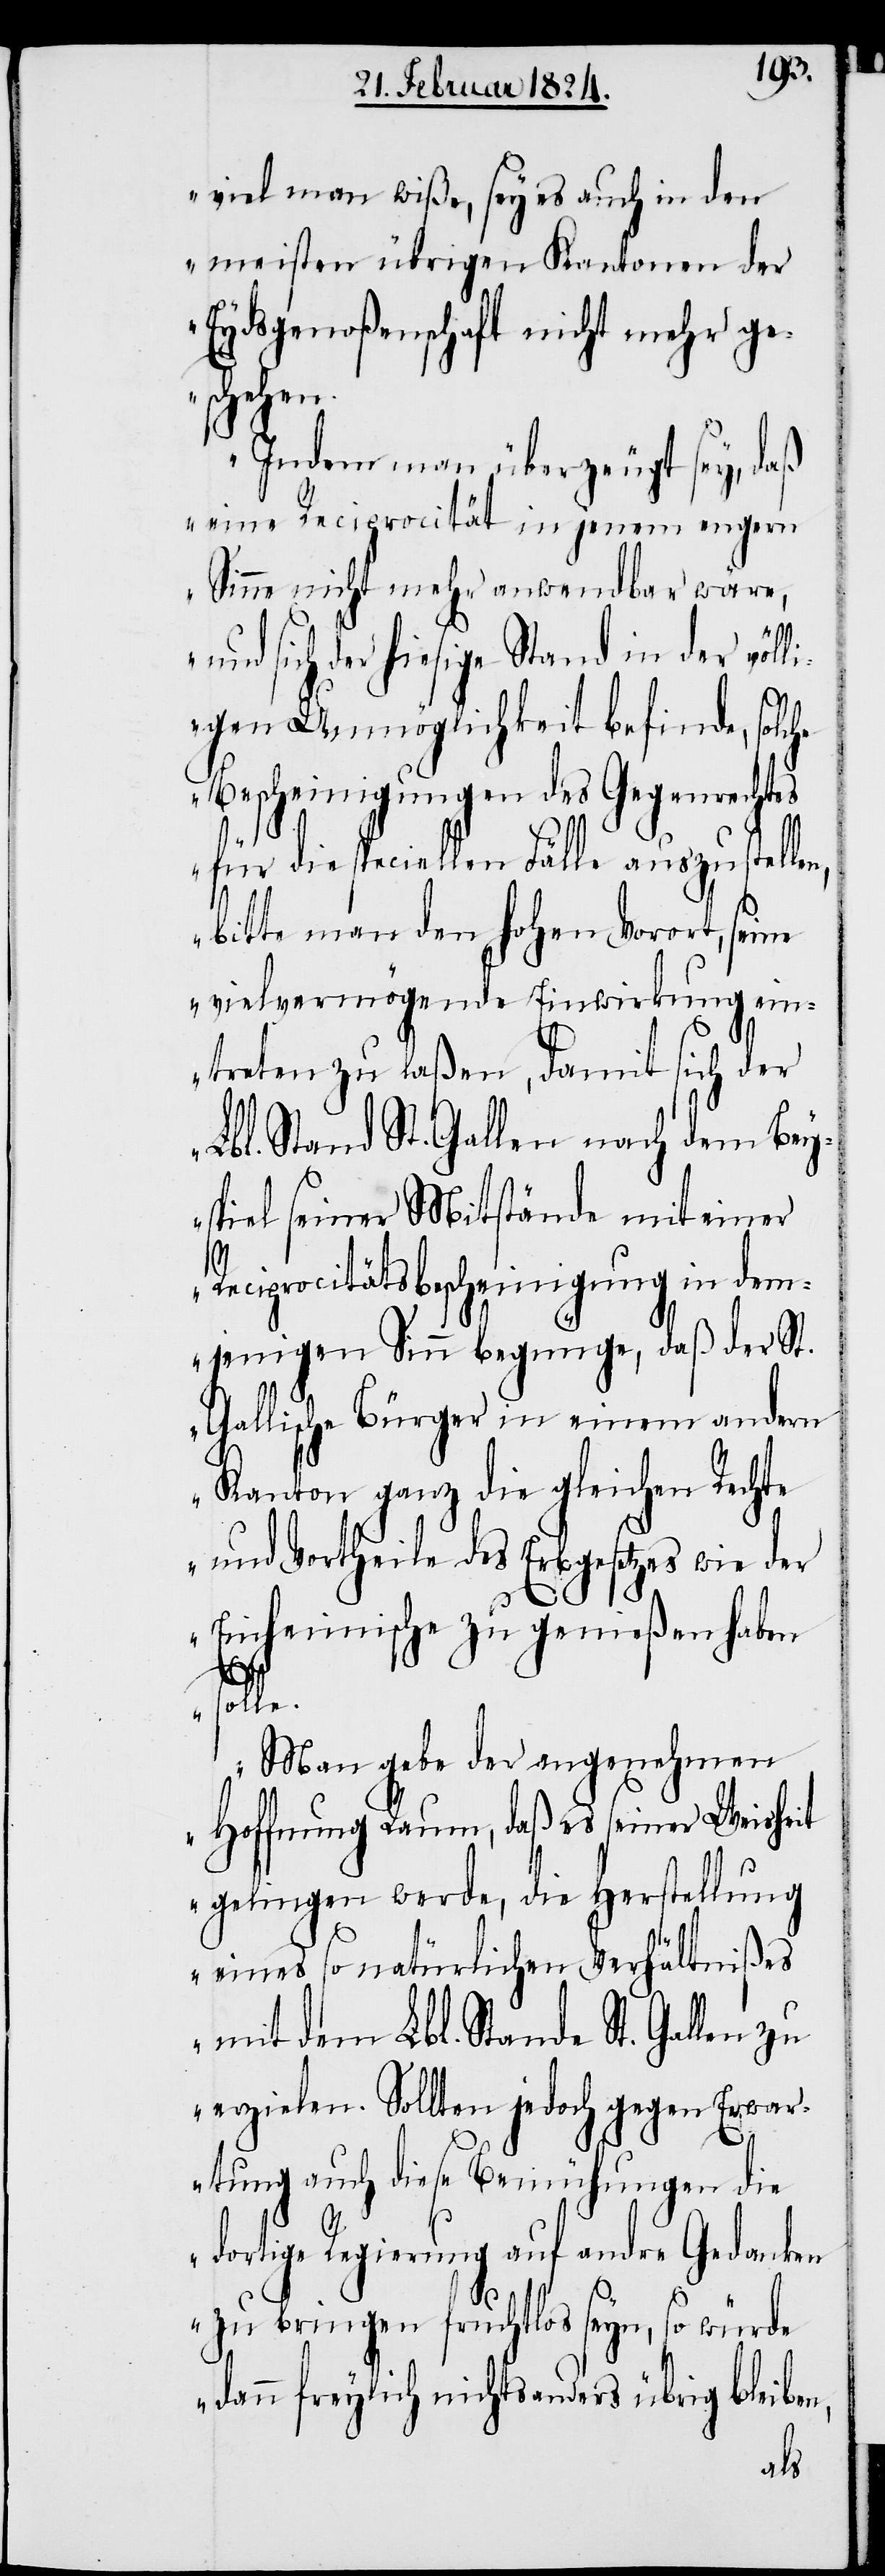
viel man wiße, sey es auch in den
meisten übrigen Kantonen der
Eydsgenoßenschaft nicht mehr ge¬
schehen.
Indem man überzeugt sey, daß
eine Reciprocität in jenem engern
Sinne nicht mehr anwendbar wäre,
und sich der hiesige Stand in der völl¬
igen Unmöglichkeit befinde, solche
Bescheinigungen des Gegenrechtes
für die speciellen Fälle auszustelle¬
bitte man den hohen Vorort, seine
vielvermögende Einwirkung ein¬
treten zu laßen, damit sich der
Lbl. Stand St. Gallen nach dem Bey¬
spiel seiner Mitstände mit einer
Reciprocitätsbescheinigung in dem¬
jenigen Sinn begnüge, daß der St.
Gallische Bürger in einem andern
Kanton ganz die gleichen Rechte
und Vortheile des Erbgesetzes wie der
Einheimische zu genießen haben
n,
solle.
Man gebe der angenehmen
Hoffnung Raum, daß es seiner Weisheit
gelingen werde, die Herstellung
eines so natürlichen Verhältnißes
mit dem Lbl. Stande St. Gallen zu
erzielen. Sollten jedoch gegen Erwar¬
tung auch diese Bemühungen die
dortige Regierung auf andre Gedanken
zu bringen fruchtlos seyn, so würde
dann freylich nichts anders übrig bleiben,